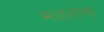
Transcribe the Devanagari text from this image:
मळताना